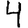
Digit: 4